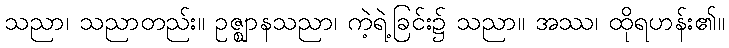
သညာ၊ သညာတည်း။ ဥဇ္ဈာနသညာ၊ ကဲ့ရဲ့ခြင်း၌ သညာ။ အဿ၊ ထိုရဟန်း၏။